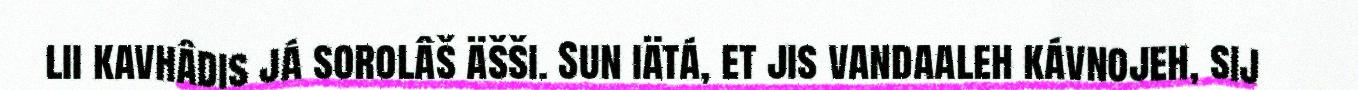
lii kavhâdis já sorolâš äšši. Sun iätá, et jis vandaaleh kávnojeh, sij